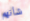
شأنهم